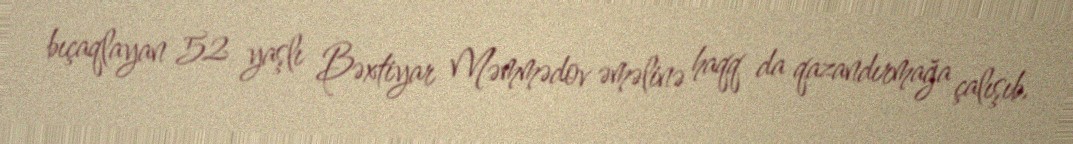
bıçaqlayan 52 yaşlı Bəxtiyar Məmmədov əməlinə haqq da qazandırmağa çalışıb.